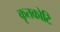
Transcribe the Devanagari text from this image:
कृतकोटि